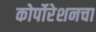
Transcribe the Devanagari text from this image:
कोर्पोरेशनचा